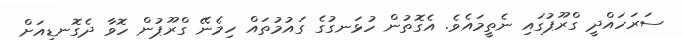
ސަރަހައްދީ ގްރޫޕުގައި ނެތީމައެވެ. އެގޮތުން ހުޅަނގުގެ ގައުމުތައް ހިމެނޭ ގްރޫޕުން ހޮވާ ދެގޮނޑިއަށް